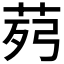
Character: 𦯢